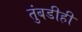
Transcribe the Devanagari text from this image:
तुंबडीही